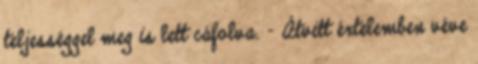
teljességgel meg is lett cáfolva. - Átvitt értelemben véve